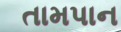
તામપાન